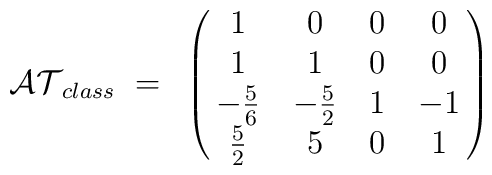
{\cal AT}_{class}~=~\left (\matrix{ 1 & 0 & 0 & 0\cr 1 & 1 & 0 & 0 \cr -{5\over 6} &  -{5\over 2} & 1 & -1 \cr {5\over 2} & 5 & 0 & 1 \cr  } \right )